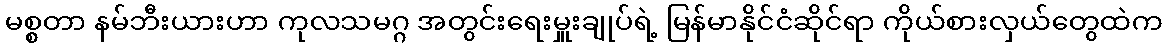
မစ္စတာ နမ်ဘီးယားဟာ ကုလသမဂ္ဂ အတွင်းရေးမှူးချုပ်ရဲ့ မြန်မာနိုင်ငံဆိုင်ရာ ကိုယ်စားလှယ်တွေထဲက